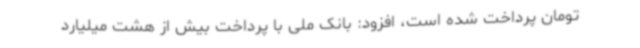
تومان پرداخت شده است، افزود: بانک ملی با پرداخت بیش از هشت میلیارد